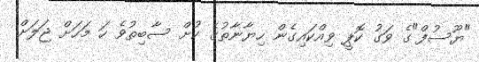
"ޔޫސުފް"ގެ ވަގު ކޮޕީ ވިއްކައިގެން ހިޔާނާތުގެ ކުށް ސާބިތުވެ ހަ މަހަށް ޖަލަށް